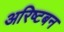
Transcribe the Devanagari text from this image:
अरिष्टबन